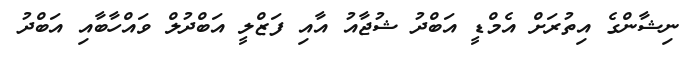
ނިޝާންގެ އިތުރަށް އެމްޑީ އަބްދު ޝުޖާއު އާއި ފަޒްލީ އަބްދުލް ވައްހާބާއި އަބްދު